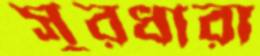
সুরধারা